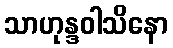
သာဟုန္ဒဝါသိနော